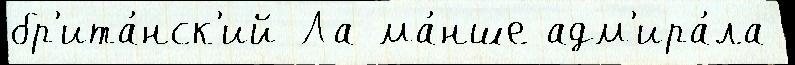
бр'ита́нск'ий Ла-ма́нше адм'ира́ла